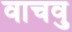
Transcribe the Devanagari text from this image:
वाचवु